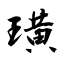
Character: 璜